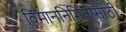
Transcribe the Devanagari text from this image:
विमाननिर्मितीसाठी